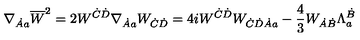
\nabla _ { \dot { A } a } \overline { { W } } ^ { 2 } = 2 W ^ { \dot { C } \dot { D } } \nabla _ { \dot { A } a } W _ { \dot { C } \dot { D } } = 4 i W ^ { \dot { C } \dot { D } } W _ { \dot { C } \dot { D } \dot { A } a } - \frac { 4 } { 3 } W _ { \dot { A } \dot { B } } \Lambda _ { a } ^ { \dot { B } }